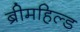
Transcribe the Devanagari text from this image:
ब्रीमहिल्ड